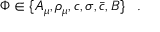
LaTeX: \Phi \in \{ A _ { \mu } , \rho _ { \mu } , c , \sigma , \bar { c } , B \} \; \; \; .